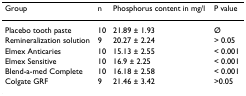
<table><thead><tr><td><b>Group</b></td><td><b>n</b></td><td><b>Phosphorus content in mg/l</b></td><td><b>P value</b></td></tr></thead><tbody><tr><td>Placebo tooth paste</td><td>10</td><td>21.89 ± 1.93</td><td>Ø</td></tr><tr><td>Remineralization solution</td><td>9</td><td>20.27 ± 2.24</td><td>&gt; 0.05</td></tr><tr><td>Elmex Anticaries</td><td>10</td><td>15.13 ± 2.55</td><td>&lt; 0.001</td></tr><tr><td>Elmex Sensitive</td><td>10</td><td>16.9 ± 2.25</td><td>&lt; 0.001</td></tr><tr><td>Blend-a-med Complete</td><td>10</td><td>16.18 ± 2.58</td><td>&lt; 0.001</td></tr><tr><td>Colgate GRF</td><td>9</td><td>21.46 ± 3.42</td><td>&gt;0.05</td></tr></tbody></table>